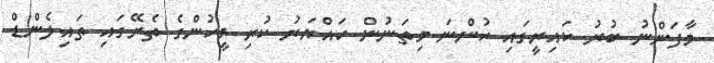
މާފަންނު ބުރު ކައިރީގައި ހުންނަ މިތަނުން ހައްޔަރު ކުރި މީހުންގެ ތެރޭގައި ތައިލެންޑް